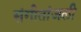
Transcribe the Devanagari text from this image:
संगीतांजली